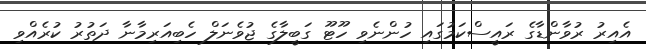
އެއިރު ރުވާންޑާގެ ރައީސްކަމުގައި ހުންނެވި ހޫޓޫ ގަބީލާގެ ޖުވެނަލް ހެބިއަރިމާނާ ދަތުރު ކުރެއްވި